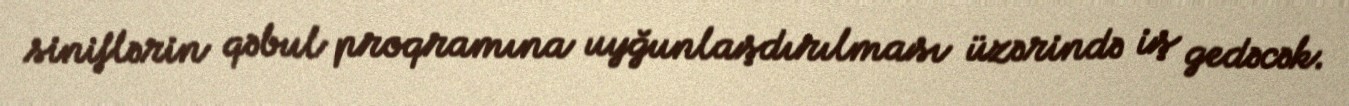
siniflərin qəbul proqramına uyğunlaşdırılması üzərində iş gedəcək.